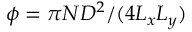
\phi = \pi N D ^ { 2 } / ( 4 L _ { x } L _ { y } )